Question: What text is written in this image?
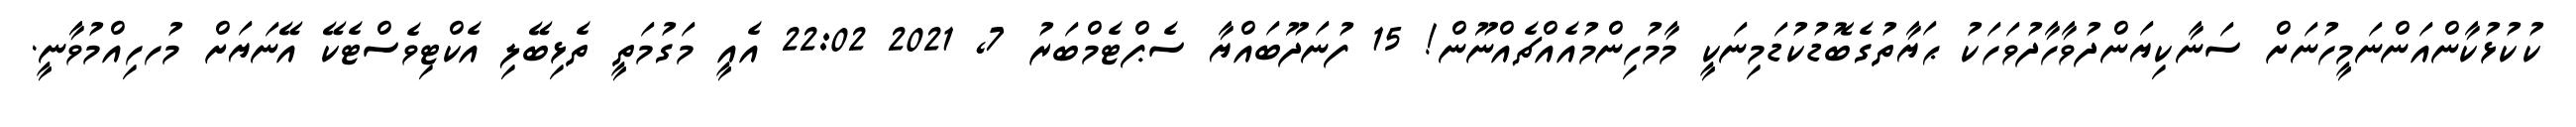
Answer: ކުކުޅުކާންއަންނަމީހުނަށް ސަނާކިޔަންދުވާހާދުވަހަކު ޙަޔާތުގެބޮޑުކުޑަމިނަކީ މާމުހިންމުއެއްޗެއްނޫން! 15 ފުނަދޫބައްޔާ ސެޕްޓެމްބަރު 7, 2021 22:02 އެއީ މަގުމަތީ ތެޅިބޭލި އެކްޓިވެސްޓެކޭ އޭނަޔަށް މުހހިއްމުވާނީ.